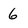
Character: 6